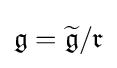
{\mathfrak {g}}={\widetilde {\mathfrak {g}}}/{\mathfrak {r}}